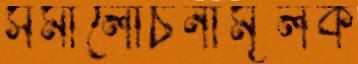
সমালোচনামূলক